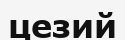
цезий